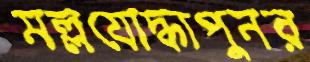
মল্লযোদ্ধাপুনর